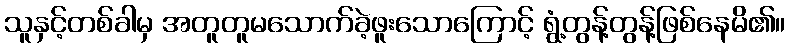
သူနှင့်တစ်ခါမှ အတူတူမသောက်ခဲ့ဖူးသောကြောင့် ရွံ့တွန့်တွန့်ဖြစ်နေမိ၏။